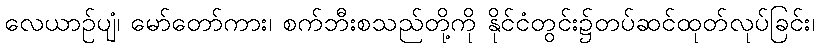
လေယာဉ်ပျံ၊ မော်တော်ကား၊ စက်ဘီးစသည်တို့ကို နိုင်ငံတွင်း၌တပ်ဆင်ထုတ်လုပ်ခြင်း၊